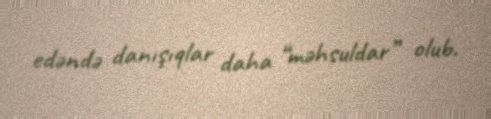
edəndə danışıqlar daha “məhsuldar” olub.